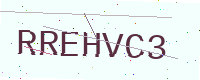
Text: RREHVC3